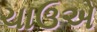
ચાઉએ